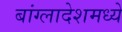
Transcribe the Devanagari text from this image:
बांग्लादेशमध्ये